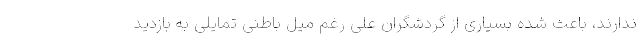
ندارند، باعث شده بسیاری از گردشگران علی رغم میل باطنی تمایلی به بازدید